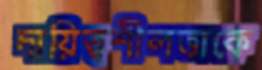
দায়িত্বশীলতাকে